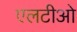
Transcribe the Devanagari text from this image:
एलटीओ